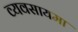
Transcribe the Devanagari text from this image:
व्यवसायमा